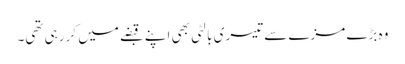
وہ بڑے مزے سے تیسری بالٹی بھی اپنے قبضے میں کر رہی تھی۔